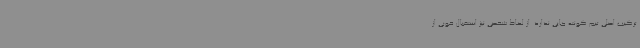
ترکیب اصلی تیم کونته جایی ندارد. از لحاظ شخصی نیز استقبال خوبی از